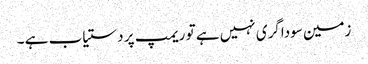
زمین سوداگری نہیں ہے تو ریمپ پر دستیاب ہے ۔